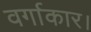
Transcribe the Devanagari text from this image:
वर्गाकार।